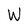
Character: W